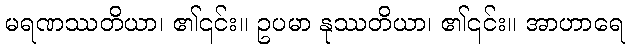
မရဏဿတိယာ၊ ၏၎င်း။ ဥပမာ နုဿတိယာ၊ ၏၎င်း။ အာဟာရေ